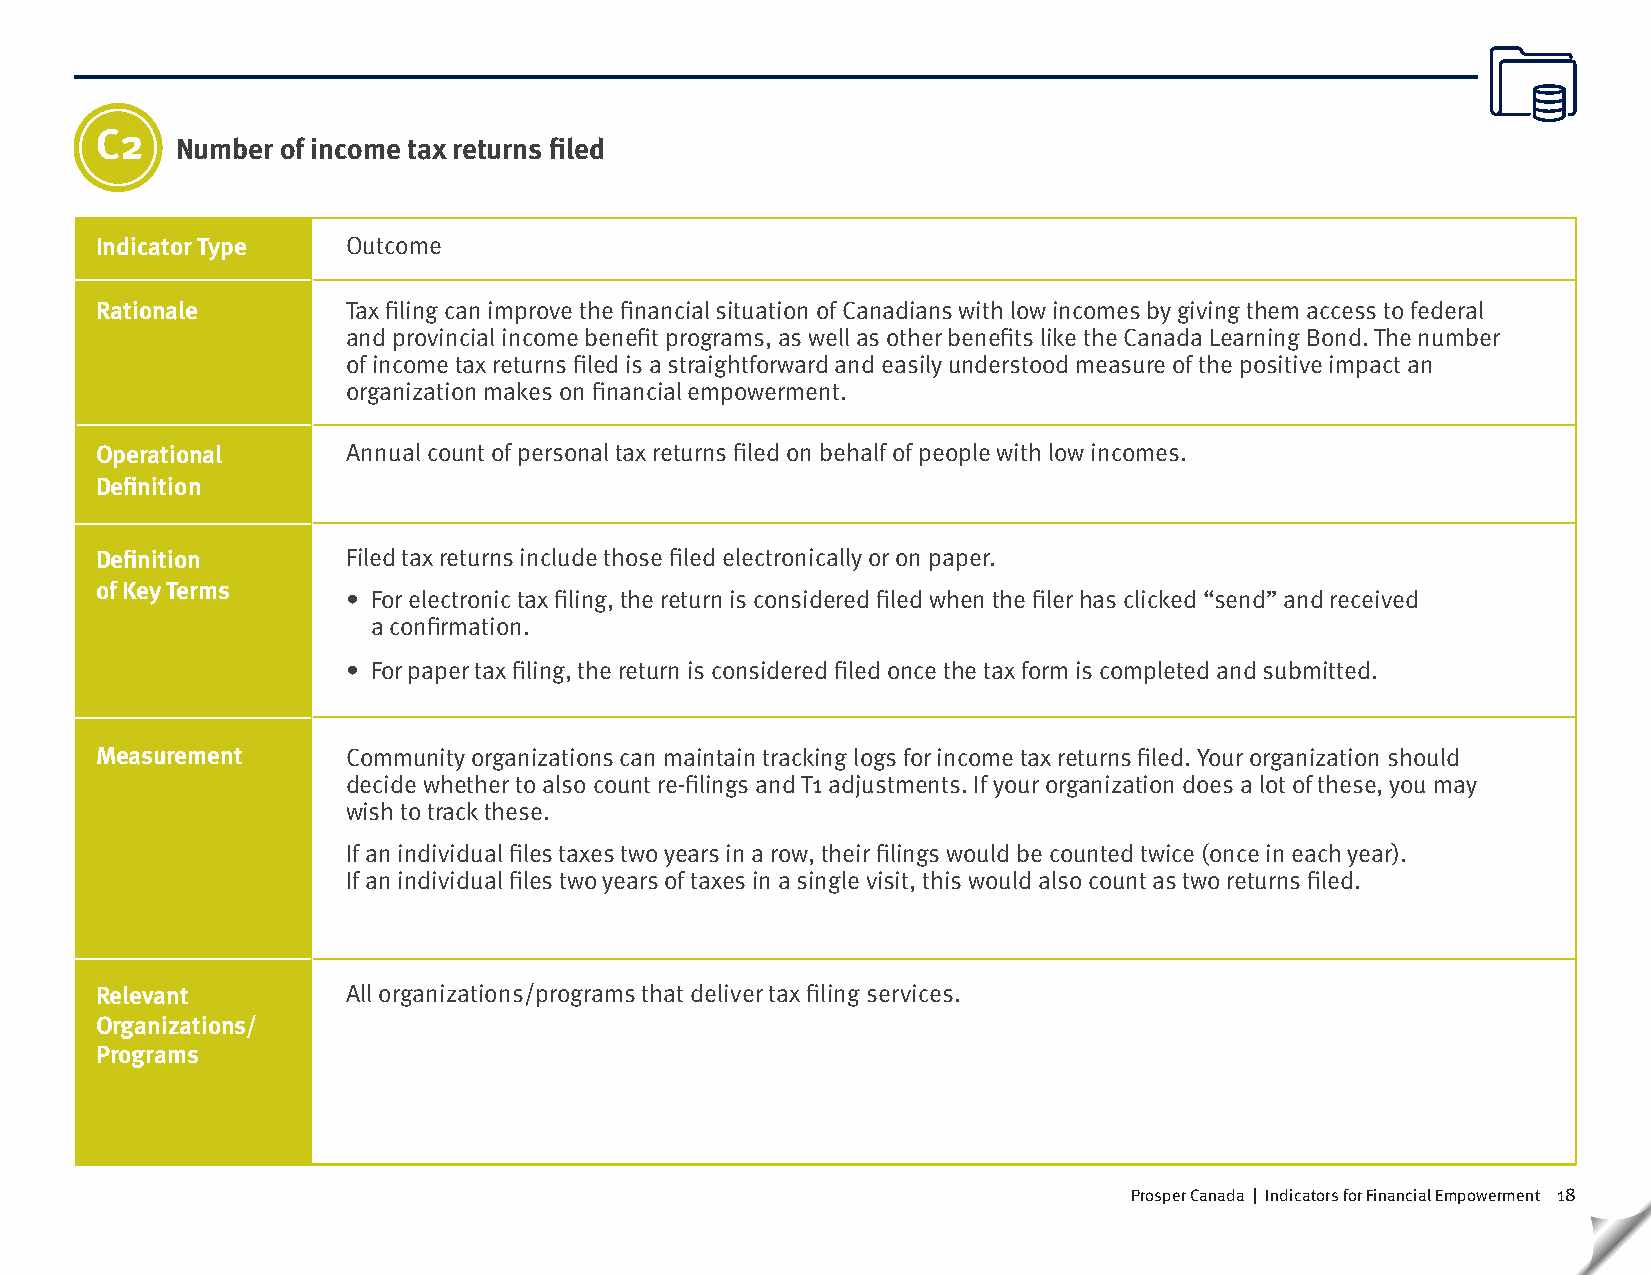
C2
 Number of income tax returns filed
 Indicator Type   Outcome
 Rationale        Tax filing can improve the financial situation of Canadians with low incomes by giving them access to federal
 and provincial income benefit programs, as well as other benefits like the Canada Learning Bond. The number
 of income tax returns filed is a straightforward and easily understood measure of the positive impact an
 organization makes on financial empowerment.
 Operational      Annual count of personal tax returns filed on behalf of people with low incomes.
 Definition
 Definition       Filed tax returns include those filed electronically or on paper.
 of Key Terms
 • For electronic tax filing, the return is considered filed when the filer has clicked “send” and received
 a confirmation.
 • For paper tax filing, the return is considered filed once the tax form is completed and submitted.
 Measurement      Community organizations can maintain tracking logs for income tax returns filed. Your organization should
 decide whether to also count re-filings and T1 adjustments. If your organization does a lot of these, you may
 wish to track these.
 If an individual files taxes two years in a row, their filings would be counted twice (once in each year).
 If an individual files two years of taxes in a single visit, this would also count as two returns filed.
 Relevant         All organizations/programs that deliver tax filing services.
 Organizations/
 Programs
 Prosper Canada | Indicators for Financial Empowerment 18